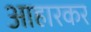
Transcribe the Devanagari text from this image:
आहारकर